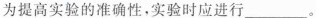
为提高实验的准确性，实验时应进行___。